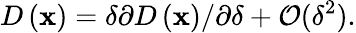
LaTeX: D\left(\mathbf{x}\right)=\delta\partial D\left(\mathbf{x}\right)/\partial\delta+\mathcal{O}(\delta^{2}).